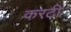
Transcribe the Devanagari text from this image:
करटी